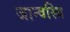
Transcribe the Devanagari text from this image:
जान्वस्थि